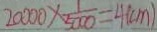
2 0 0 0 0 \times \frac { 1 } { 5 0 0 0 } = 4 ( c m )